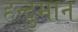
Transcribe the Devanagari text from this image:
हन्दुमान